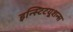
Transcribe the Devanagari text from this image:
इन्स्टिटयूशन्स